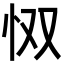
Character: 𫹷